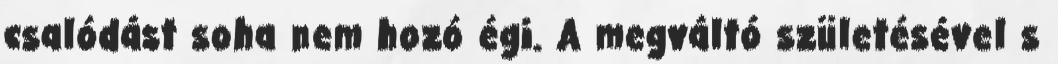
csalódást soha nem hozó égi. A megváltó születésével s